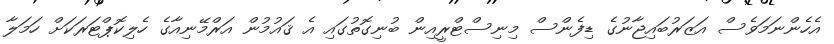
އެހެންނަމަވެސް އަޒަރުބައިޖާނުގެ ޑިފެންސް މިނިސްޓްރީއިން ބުނިގޮތުގައި އެ ޤައުމުން އަރްމޭނިއާގެ ހެލިކޮޕްޓަރަކަށް ހަމަލާ